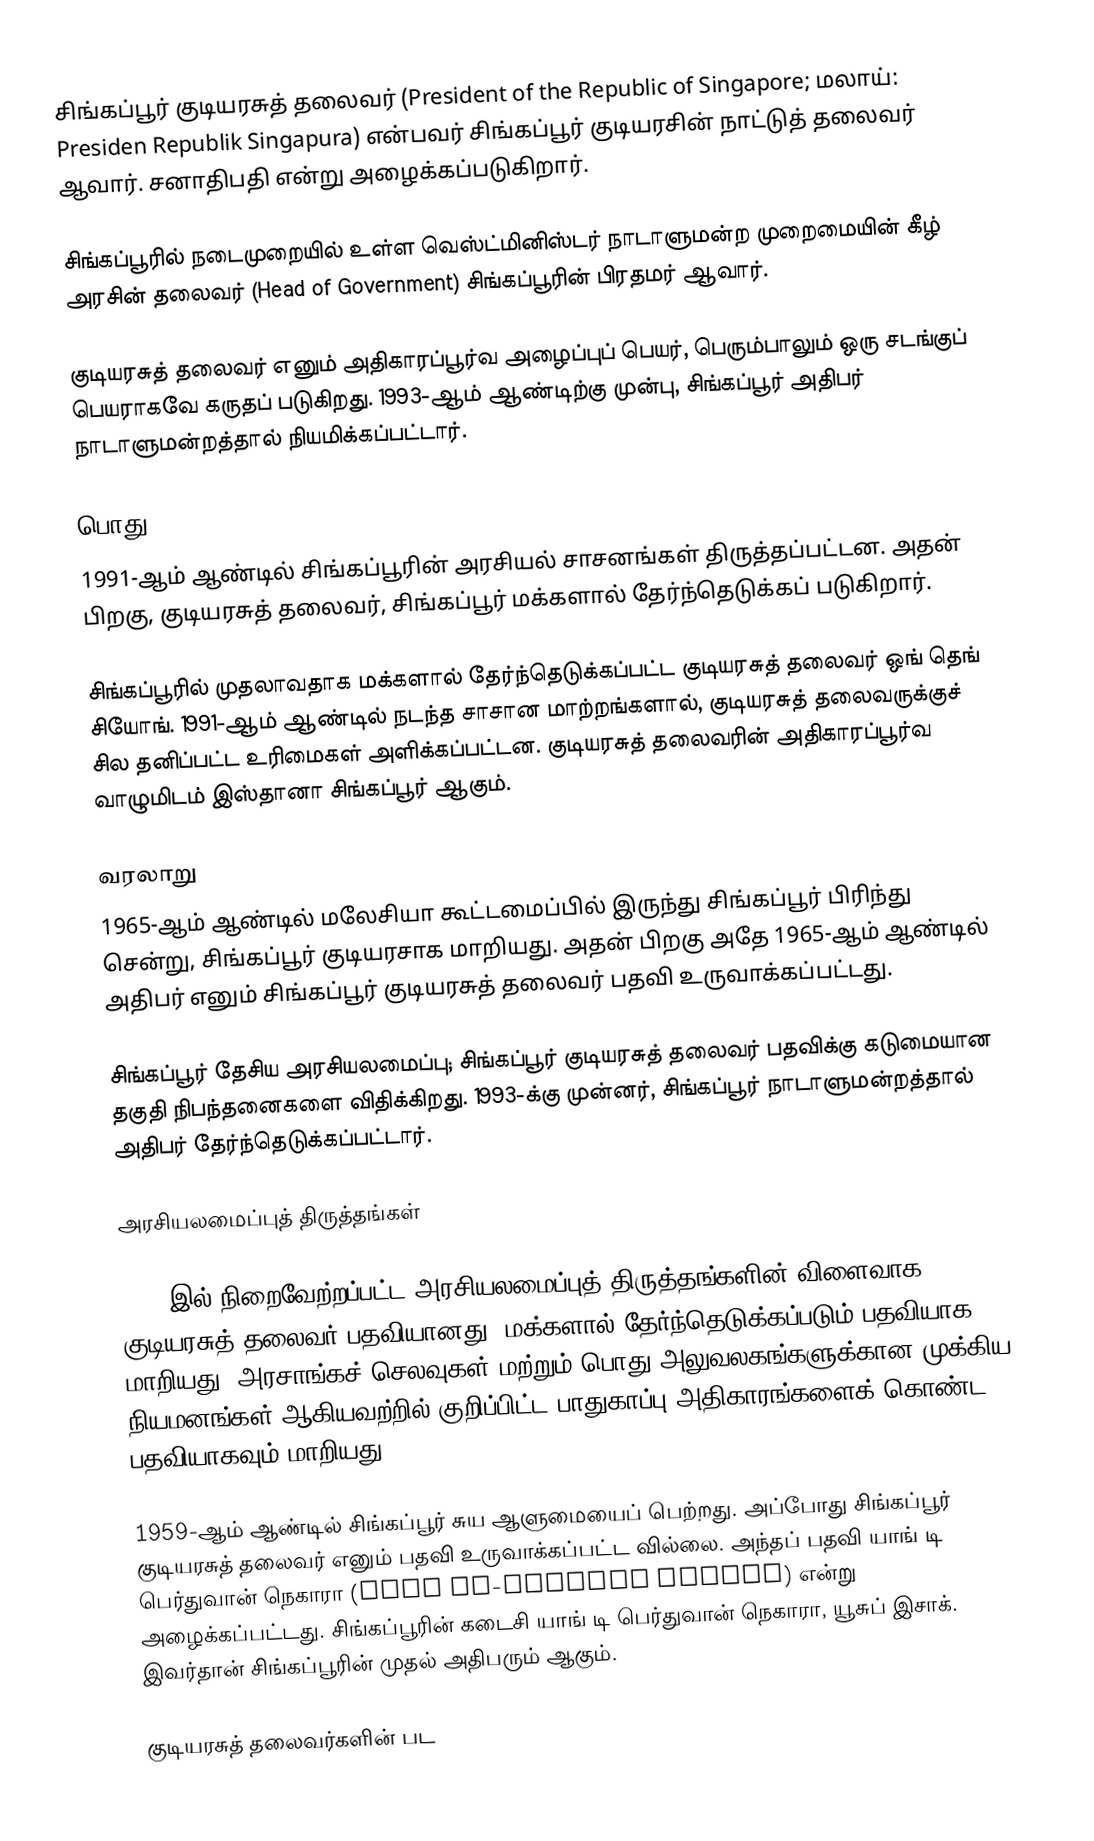
சிங்கப்பூர் குடியரசுத் தலைவர் (President of the Republic of Singapore; மலாய்: Presiden Republik Singapura) என்பவர் சிங்கப்பூர் குடியரசின் நாட்டுத் தலைவர் ஆவார். சனாதிபதி என்று அழைக்கப்படுகிறார்.

சிங்கப்பூரில் நடைமுறையில் உள்ள வெஸ்ட்மினிஸ்டர் நாடாளுமன்ற முறைமையின் கீழ் அரசின் தலைவர் (Head of Government) சிங்கப்பூரின் பிரதமர் ஆவார்.

குடியரசுத் தலைவர் எனும் அதிகாரப்பூர்வ அழைப்புப் பெயர், பெரும்பாலும் ஒரு சடங்குப் பெயராகவே கருதப் படுகிறது. 1993-ஆம் ஆண்டிற்கு முன்பு, சிங்கப்பூர் அதிபர் நாடாளுமன்றத்தால் நியமிக்கப்பட்டார்.

பொது
1991-ஆம் ஆண்டில் சிங்கப்பூரின் அரசியல் சாசனங்கள் திருத்தப்பட்டன. அதன் பிறகு, குடியரசுத் தலைவர், சிங்கப்பூர் மக்களால் தேர்ந்தெடுக்கப் படுகிறார்.

சிங்கப்பூரில் முதலாவதாக மக்களால் தேர்ந்தெடுக்கப்பட்ட குடியரசுத் தலைவர் ஒங் தெங் சியோங். 1991-ஆம் ஆண்டில் நடந்த சாசான மாற்றங்களால், குடியரசுத் தலைவருக்குச் சில தனிப்பட்ட உரிமைகள் அளிக்கப்பட்டன. குடியரசுத் தலைவரின் அதிகாரப்பூர்வ வாழுமிடம் இஸ்தானா சிங்கப்பூர் ஆகும்.

வரலாறு
1965-ஆம் ஆண்டில் மலேசியா கூட்டமைப்பில் இருந்து சிங்கப்பூர் பிரிந்து சென்று, சிங்கப்பூர் குடியரசாக மாறியது. அதன் பிறகு அதே 1965-ஆம் ஆண்டில் அதிபர் எனும்  சிங்கப்பூர் குடியரசுத் தலைவர் பதவி உருவாக்கப்பட்டது.

சிங்கப்பூர் தேசிய அரசியலமைப்பு; சிங்கப்பூர் குடியரசுத் தலைவர் பதவிக்கு கடுமையான தகுதி நிபந்தனைகளை விதிக்கிறது. 1993-க்கு முன்னர், சிங்கப்பூர் நாடாளுமன்றத்தால் அதிபர் தேர்ந்தெடுக்கப்பட்டார்.

அரசியலமைப்புத் திருத்தங்கள்

1991-இல் நிறைவேற்றப்பட்ட அரசியலமைப்புத் திருத்தங்களின் விளைவாக, குடியரசுத் தலைவர் பதவியானது, மக்களால் தேர்ந்தெடுக்கப்படும் பதவியாக மாறியது. அரசாங்கச் செலவுகள் மற்றும் பொது அலுவலகங்களுக்கான முக்கிய நியமனங்கள் ஆகியவற்றில் குறிப்பிட்ட பாதுகாப்பு அதிகாரங்களைக் கொண்ட பதவியாகவும் மாறியது.

1959-ஆம் ஆண்டில் சிங்கப்பூர் சுய ஆளுமையைப் பெற்றது. அப்போது சிங்கப்பூர் குடியரசுத் தலைவர் எனும் பதவி உருவாக்கப்பட்ட வில்லை. அந்தப் பதவி யாங் டி பெர்துவான் நெகாரா (Yang di-Pertuan Negara) என்று அழைக்கப்பட்டது. சிங்கப்பூரின் கடைசி யாங் டி பெர்துவான் நெகாரா, யூசுப் இசாக். இவர்தான் சிங்கப்பூரின் முதல் அதிபரும் ஆகும்.

குடியரசுத் தலைவர்களின் பட